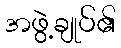
အဖွဲ့ချုပ်၏